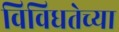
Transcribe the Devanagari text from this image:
विविधतेच्या